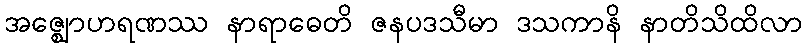
အဇ္ဈောဟရဏဿ နာရာဓေတိ ဇနပဒသီမာ ဒသကာနိ နာတိသိထိလာ